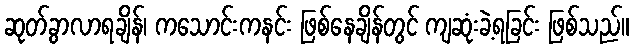
ဆုတ်ခွာလာရချိန်၊ ကသောင်းကနင်း ဖြစ်နေချိန်တွင် ကျဆုံးခဲ့ရခြင်း ဖြစ်သည်။